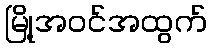
မြို့အဝင်အထွက်